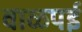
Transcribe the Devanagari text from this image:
वाळपई